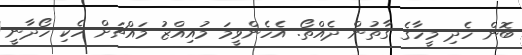
ބޮން ހެދި މީހާގެ ގާތުން ދެއްތޯ. އެހެންވީމަ މުއިއްޒު މައްޗަށް ހެކި ހޯދާނީ